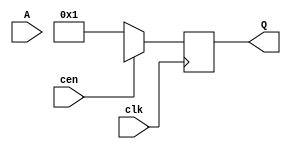
// -----------------------------------------------------------------------------
// This file exports the behavior model of a full 1s ROM `rom_full_ones`. It
// always outputs 1 when the chip enable is asserted.
// -----------------------------------------------------------------------------

// --------------------------------------
// Active low rom access
// --------------------------------------
`define ROM_ENABLE 1'b0
`define ROM_DISABLE 1'b1

module rom_full_ones #(
  parameter                   ROM_DEPTH = 1024,   // rom depth
  parameter                   NUM_DATA = 1,       // the number of data in a memory word
  parameter                   BIT_WIDTH = 16      // bit width of one data
) (
  input wire                  clk,                // system clock
  input wire                  cen,                // chip enable (active low)
  input wire  [clog2(ROM_DEPTH)-1:0]
                              A,                  // rom read address
  output reg  [NUM_DATA*BIT_WIDTH-1:0]
                              Q                   // rom read data
);

// ---------------------------
// Ceiling of log2
// ---------------------------
function integer clog2(input integer n);
  integer i;
  begin
    clog2 = 0;
    for (i = n - 1; i > 0; i = i >> 1) begin
      clog2   = clog2 + 1;
    end
  end
endfunction

// -----------------------------------------------------------
// Behavior of the ROM of full 1s (output 1 when chip enable)
// -----------------------------------------------------------
integer j;
always @(posedge clk) begin
  if (cen == `ROM_ENABLE) begin
    for (j = 0; j < NUM_DATA; j = j + 1) begin
      Q[j*BIT_WIDTH+:BIT_WIDTH]
              <= {{(BIT_WIDTH-1){1'b0}}, 1'b1};
    end
  end else begin
    Q         <= {(NUM_DATA*BIT_WIDTH){1'bx}};
  end
end

endmodule